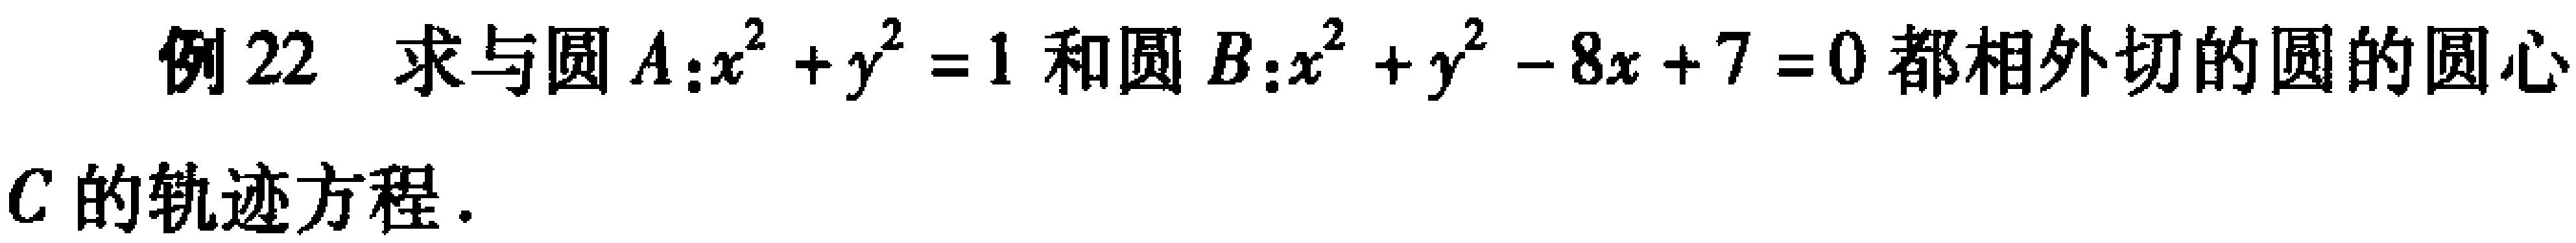
例 22 求与圆 \(A:x^{2}+y^{2}=1\) 和圆 \(B:x^{2}+y^{2}-8x + 7 = 0\) 都相外切的圆的圆心
\(C\) 的轨迹方程.